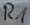
Text: R1